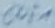
Text: OUT1